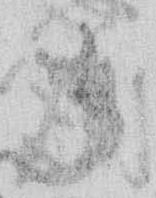
御